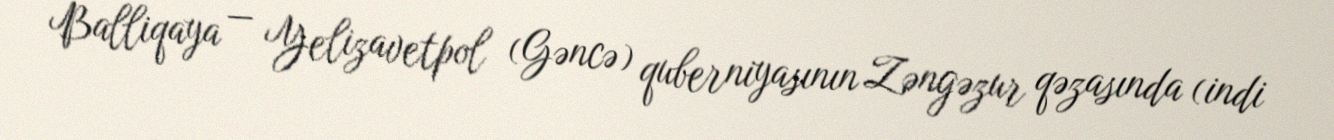
Balliqaya — Yelizavetpol (Gəncə) quberniyasının Zəngəzur qəzasında (indi